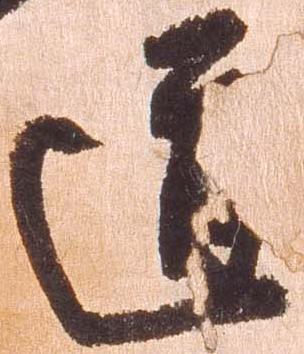
道